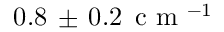
0 . 8 \, \pm \, 0 . 2 \, \mathrm { ~ c ~ m ~ } ^ { - 1 }